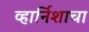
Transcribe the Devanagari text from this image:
व्हार्निशाचा